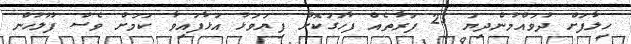
ހިލާފަށް ދުވައްމުންދިޔަ 25 ފަރާތެއް ފާހަގަކޮށް ފިޔަވަޅު އަޅާފައިވާ ކަމަށް ވެސް ފުލުހުން